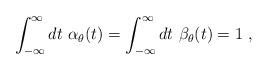
LaTeX: \begin{align*}\int_{-\infty}^{\infty}dt\ \alpha_{\theta}(t)=\int_{-\infty}^{\infty}dt\ \beta_{\theta}(t)=1\ ,\end{align*}